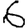
Digit: 6